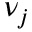
\nu _ { j }